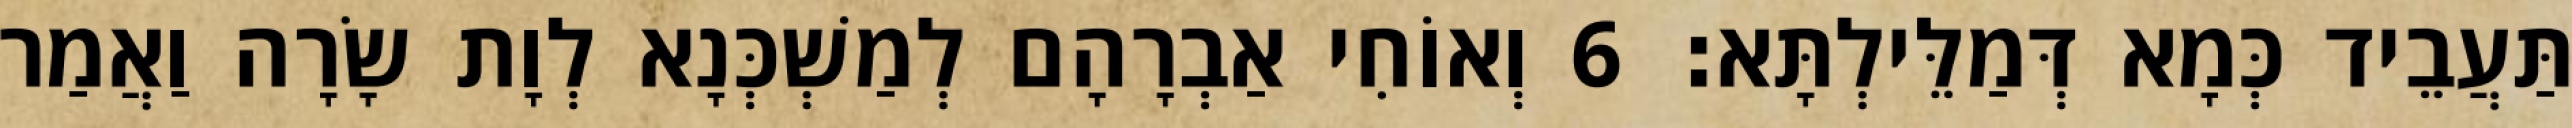
תַּעֲבֵיד כְּמָא דְּמַלֵּילְתָּא׃ 6 וְאוֹחִי אַבְרָהָם לְמַשְׁכְּנָא לְוָת שָׂרָה וַאֲמַר